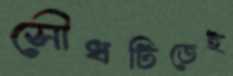
সৌধটিতেই